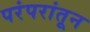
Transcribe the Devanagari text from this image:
परंपरांतून